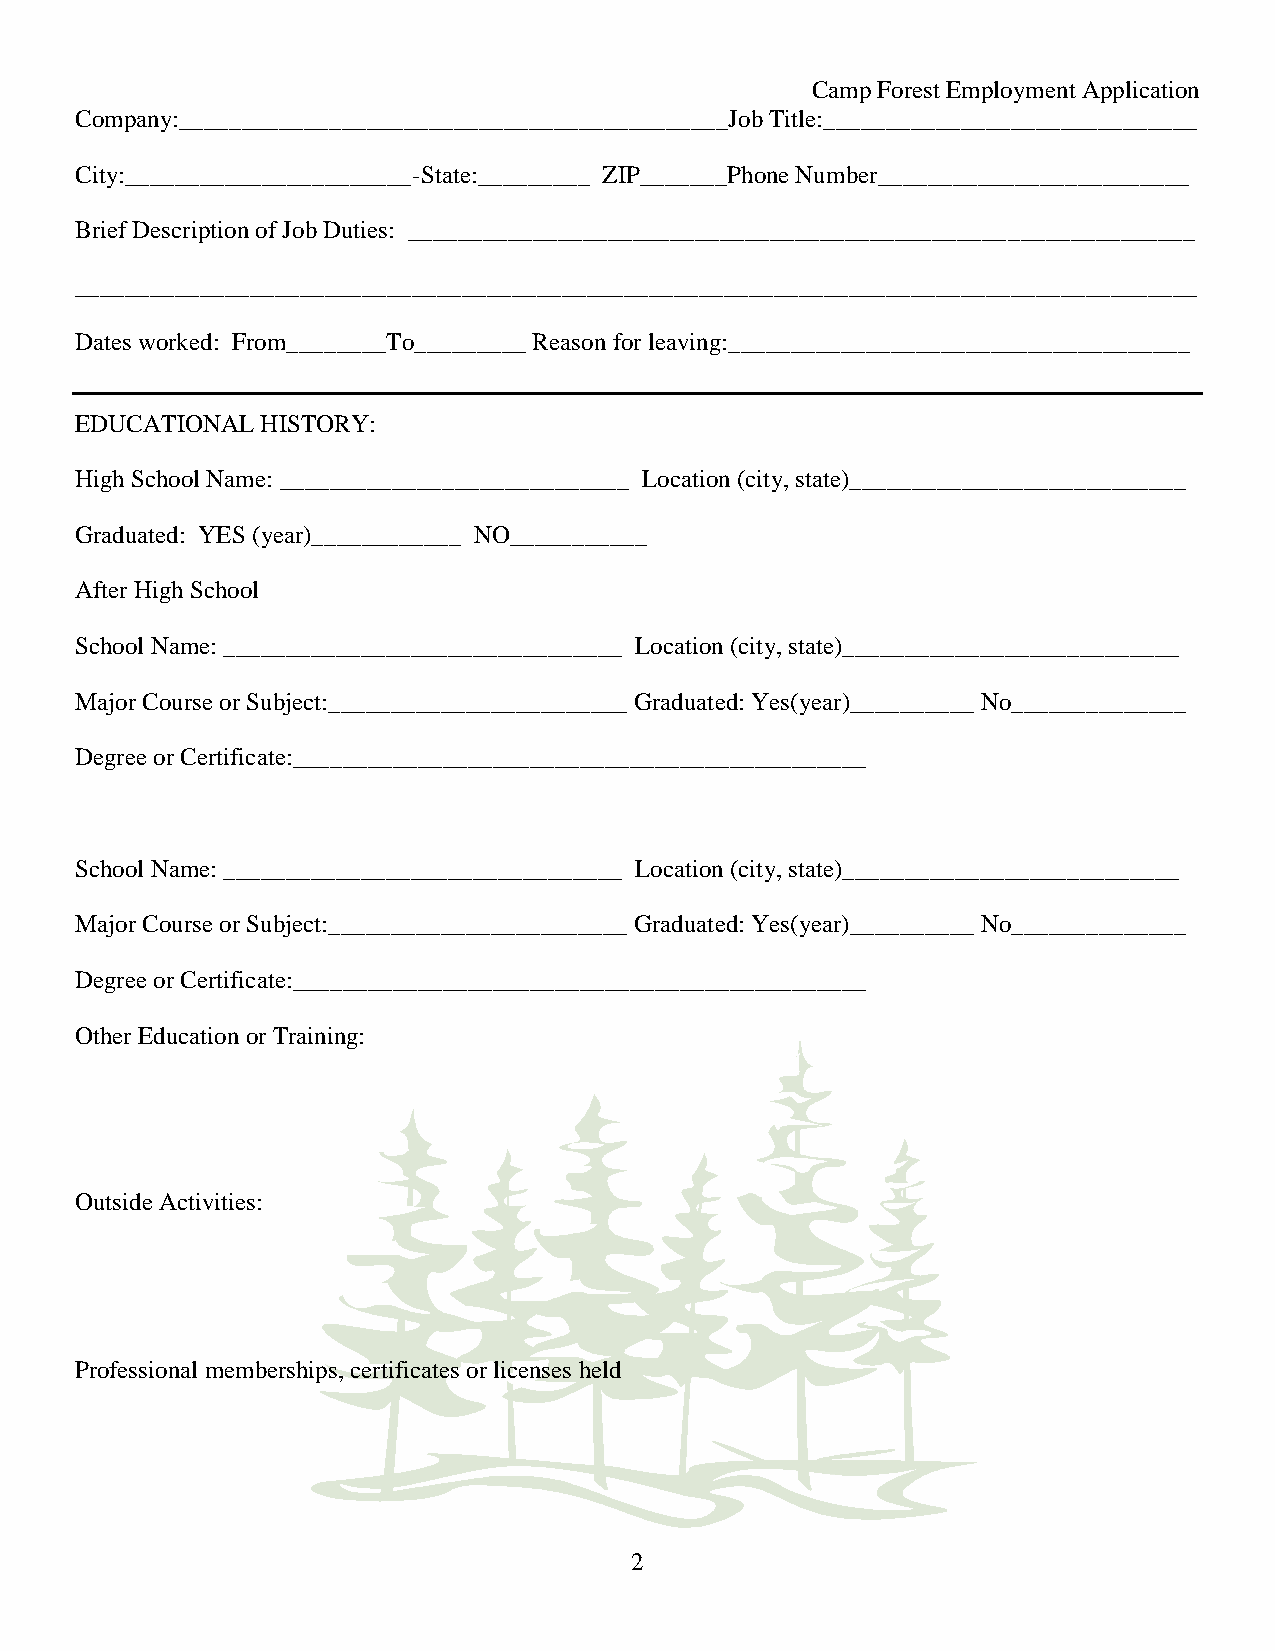
Camp Forest Employment Application
 Company:____________________________________________Job Title:______________________________
 City:_______________________-State:_________ ZIP_______Phone Number_________________________
 Brief Description of Job Duties: _______________________________________________________________
 __________________________________________________________________________________________
 Dates worked: From________To_________ Reason for leaving:_____________________________________
 EDUCATIONAL HISTORY:
 High School Name: ____________________________ Location (city, state)___________________________
 Graduated: YES (year)____________ NO___________
 After High School
 School Name: ________________________________ Location (city, state)___________________________
 Major Course or Subject:________________________ Graduated: Yes(year)__________ No______________
 Degree or Certificate:______________________________________________
 School Name: ________________________________ Location (city, state)___________________________
 Major Course or Subject:________________________ Graduated: Yes(year)__________ No______________
 Degree or Certificate:______________________________________________
 Other Education or Training:
 Outside Activities:
 Professional memberships, certificates or licenses held
 2